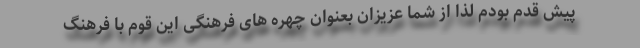
پیش قدم بودم لذا از شما عزیزان بعنوان چهره های فرهنگی این قوم با فرهنگ